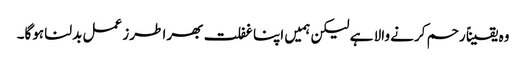
وہ یقیناً رحم کرنے والا ہے لیکن ہمیں اپنا غفلت بھرا طرز عمل بدلنا ہوگا۔